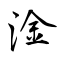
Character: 淦